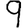
Digit: 9